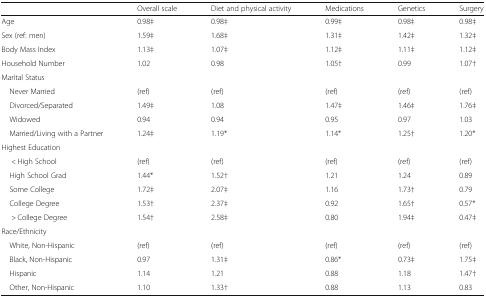
<table><thead><tr><td></td><td><b>Overall scale</b></td><td><b>Diet and physical activity</b></td><td><b>Medications</b></td><td><b>Genetics</b></td><td><b>Surgery</b></td></tr></thead><tbody><tr><td>Age</td><td>0.98‡</td><td>0.98‡</td><td>0.99‡</td><td>0.98‡</td><td>0.98‡</td></tr><tr><td>Sex (ref: men)</td><td>1.59‡</td><td>1.68‡</td><td>1.31‡</td><td>1.42‡</td><td>1.32‡</td></tr><tr><td>Body Mass Index</td><td>1.13‡</td><td>1.07‡</td><td>1.12‡</td><td>1.11‡</td><td>1.12‡</td></tr><tr><td>Household Number</td><td>1.02</td><td>0.98</td><td>1.05†</td><td>0.99</td><td>1.07†</td></tr><tr><td colspan="6">Marital Status</td></tr><tr><td> Never Married</td><td>(ref)</td><td>(ref)</td><td>(ref)</td><td>(ref)</td><td>(ref)</td></tr><tr><td> Divorced/Separated</td><td>1.49‡</td><td>1.08</td><td>1.47‡</td><td>1.46‡</td><td>1.76‡</td></tr><tr><td> Widowed</td><td>0.94</td><td>0.94</td><td>0.95</td><td>0.97</td><td>1.03</td></tr><tr><td> Married/Living with a Partner</td><td>1.24‡</td><td>1.19*</td><td>1.14*</td><td>1.25†</td><td>1.20*</td></tr><tr><td colspan="6">Highest Education</td></tr><tr><td>&lt; High School</td><td>(ref)</td><td>(ref)</td><td>(ref)</td><td>(ref)</td><td>(ref)</td></tr><tr><td> High School Grad</td><td>1.44*</td><td>1.52†</td><td>1.21</td><td>1.24</td><td>0.89</td></tr><tr><td> Some College</td><td>1.72‡</td><td>2.07‡</td><td>1.16</td><td>1.73†</td><td>0.79</td></tr><tr><td> College Degree</td><td>1.53†</td><td>2.37‡</td><td>0.92</td><td>1.65†</td><td>0.57*</td></tr><tr><td>&gt; College Degree</td><td>1.54†</td><td>2.58‡</td><td>0.80</td><td>1.94‡</td><td>0.47‡</td></tr><tr><td colspan="6">Race/Ethnicity</td></tr><tr><td> White, Non-Hispanic</td><td>(ref)</td><td>(ref)</td><td>(ref)</td><td>(ref)</td><td>(ref)</td></tr><tr><td> Black, Non-Hispanic</td><td>0.97</td><td>1.31‡</td><td>0.86*</td><td>0.73‡</td><td>1.75‡</td></tr><tr><td> Hispanic</td><td>1.14</td><td>1.21</td><td>0.88</td><td>1.18</td><td>1.47†</td></tr><tr><td> Other, Non-Hispanic</td><td>1.10</td><td>1.33†</td><td>0.88</td><td>1.13</td><td>0.83</td></tr></tbody></table>